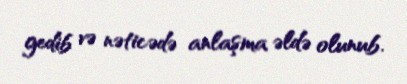
gedib və nəticədə anlaşma əldə olunub.